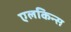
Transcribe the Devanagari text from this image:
एलकिन्स